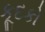
કૂદકો